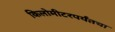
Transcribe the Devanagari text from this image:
किलोमीटरपर्यंतचा